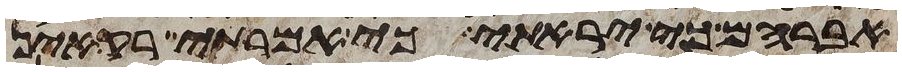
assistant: אברהם כי יראתי כי אמרתי רק אין